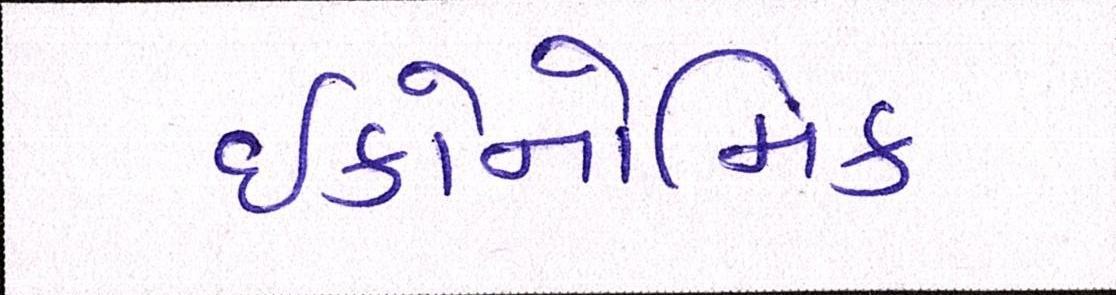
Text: ઈકોનોમિક